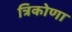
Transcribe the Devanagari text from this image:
त्रिकोणा